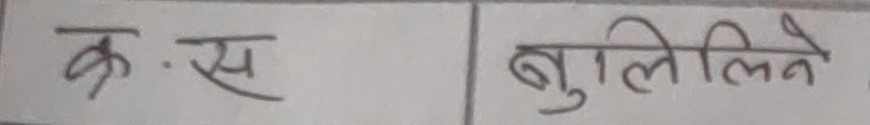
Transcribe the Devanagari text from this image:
क्र. स बुलिलिने